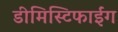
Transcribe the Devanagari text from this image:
डीमिस्टिफाईंग